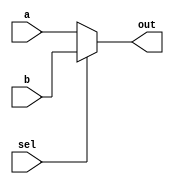
module MUX32
(
    a,
    b,
    sel,
    out,
);

input [31:0] a;
input [31:0] b;
input sel;
output[31:0] out;

wire [31:0] out;

assign out = (sel)? b : a;

endmodule